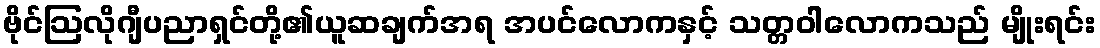
ဗိုင်ဩလိုဂျီပညာရှင်တို့၏ယူဆချက်အရ အပင်လောကနှင့် သတ္တဝါလောကသည် မျိုးရင်း